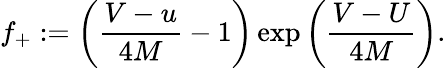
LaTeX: f_{+}:=\left(\frac{V-u}{4M}-1\right)\exp\left(\frac{V-U}{4M}\right).